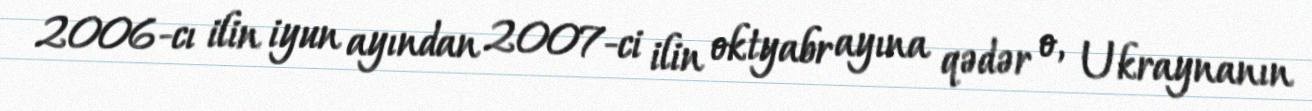
2006-cı ilin iyun ayından 2007-ci ilin oktyabr ayına qədər o, Ukraynanın